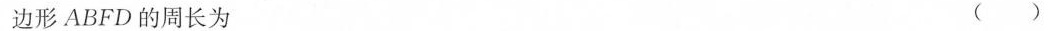
边形ABFD的周长为 ()